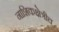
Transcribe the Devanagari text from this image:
नाशिकक्षेत्रीच